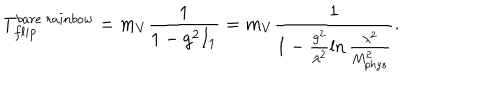
LaTeX: T _ { f l i p } ^ { b a r e \ r a i n b o w } = m _ { V } \frac { 1 } { 1 - g ^ { 2 } I _ { 1 } } = m _ { V } \frac { 1 } { 1 - \frac { g ^ { 2 } } { \lambda ^ { 2 } } \ln \frac { \lambda ^ { 2 } } { M _ { p h y s } ^ { 2 } } } .